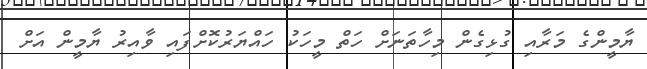
ޔާމީންގެ މަރާއި ގުޅިގެން މިހާތަނަށް ހަތް މީހަކު ހައްޔަރުކޮށްފައި ވާއިރު ޔާމީން އަށް